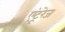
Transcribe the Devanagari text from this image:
एंटूरेज